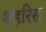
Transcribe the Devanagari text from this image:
शहरिस